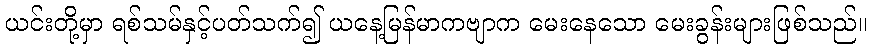
ယင်းတို့မှာ ရစ်သမ်နှင့်ပတ်သက်၍ ယနေ့မြန်မာကဗျာက မေးနေသော မေးခွန်းများဖြစ်သည်။